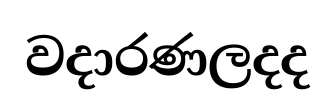
වදාරණලදද